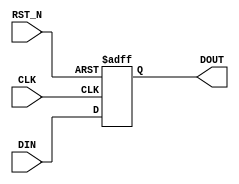

module DELAY #(
    parameter NUM_STAGES = 1,
    parameter DATA_WIDTH = 1
)(
    input  wire                  CLK,
    input  wire                  RST_N,
    input  wire [DATA_WIDTH-1:0] DIN,
    output wire [DATA_WIDTH-1:0] DOUT
);

genvar i;
generate
if (NUM_STAGES == 0)
begin
    assign DOUT = DIN;
end
else if (NUM_STAGES > 0)
begin
    reg [NUM_STAGES*DATA_WIDTH-1:0] din_delay;
    always @(posedge CLK or negedge RST_N)
    begin
        if(!RST_N)
        begin
            din_delay[DATA_WIDTH-1:0] <= 0;
        end else
        begin
            din_delay[DATA_WIDTH-1:0] <= DIN;
        end
    end
    for (i=1; i<NUM_STAGES; i=i+1)
	 begin : REGISTER_STAGES
        always @(posedge CLK or negedge RST_N )
        begin
            if(!RST_N)
            begin
                din_delay[i*DATA_WIDTH+:DATA_WIDTH] <= 0;
            end else
            begin
                din_delay[i*DATA_WIDTH+:DATA_WIDTH] <= din_delay[(i-1)*DATA_WIDTH+:DATA_WIDTH];
            end
        end
    end
    assign DOUT = din_delay[(NUM_STAGES-1)*DATA_WIDTH+:DATA_WIDTH];
end
endgenerate


endmodule